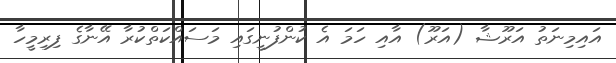
އައިމިނަތު އަރޫޝާ (އަރޫ) އާއި ހަމަ އެ ކުންފުނީގައި މަސައްކަތްކުރާ އޭނާގެ ފިރިމީހާ